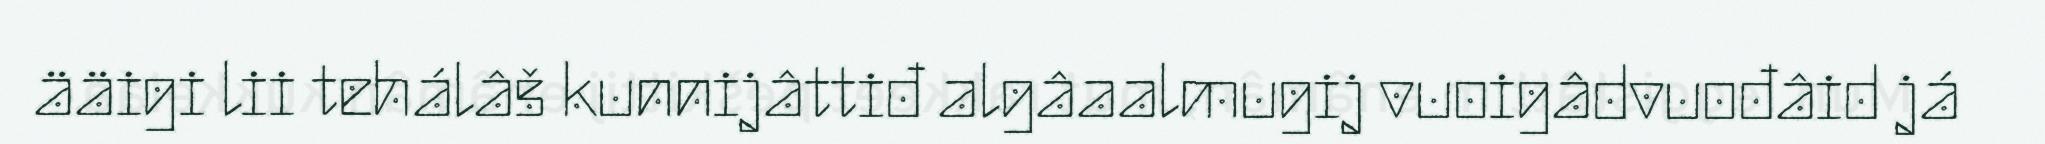
ääigi lii tehálâš kunnijâttiđ algâaalmugij vuoigâdvuođâid já